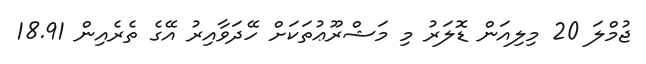
ޖުމްލަ 20 މިލިއަން ޑޮލަރު މި މަޝްރޫޢުތަކަށް ހޭދަވާއިރު އޭގެ ތެރެއިން 18.91